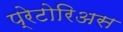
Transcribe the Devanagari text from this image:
प्रेटोरिअस